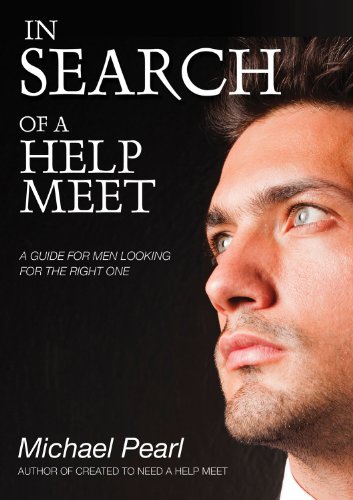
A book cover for In Search Of A Help Meet: A Guide for Men Looking for the Right One; Michael Pearl; Parenting & Relationships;